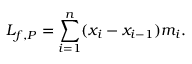
L _ { f , P } = \sum _ { i = 1 } ^ { n } ( x _ { i } - x _ { i - 1 } ) m _ { i } . \,